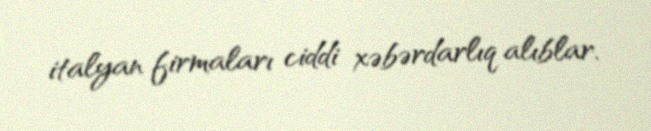
italyan firmaları ciddi xəbərdarlıq alıblar.